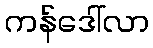
ကန်ဒေါ်လာ